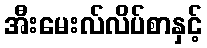
အီးမေးလ်လိပ်စာနှင့်